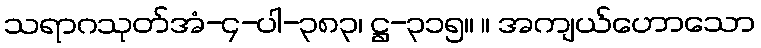
သရာဂသုတ်အံ-၄-ပါ-၃၈၃၊ ဋ္ဌ-၃၁၅။ ။ အကျယ်ဟောသော